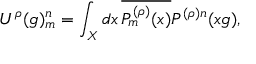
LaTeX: U ^ { \rho } ( g ) _ { m } ^ { n } = \int _ { X } d x \, \overline { { { P _ { m } ^ { ( \rho ) } ( x ) } } } P ^ { ( \rho ) n } ( x g ) ,